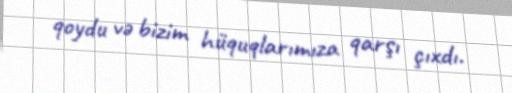
qoydu və bizim hüquqlarımıza qarşı çıxdı.